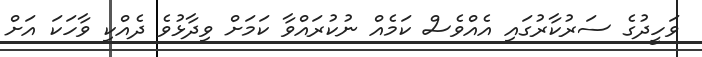
ވަހީދުގެ ސަރުކާރުގައި އެއްވެސް ކަމެއް ނުކުރައްވާ ކަމަށް ވިދާޅުވެ ދެއްކި ވާހަކަ އަށް